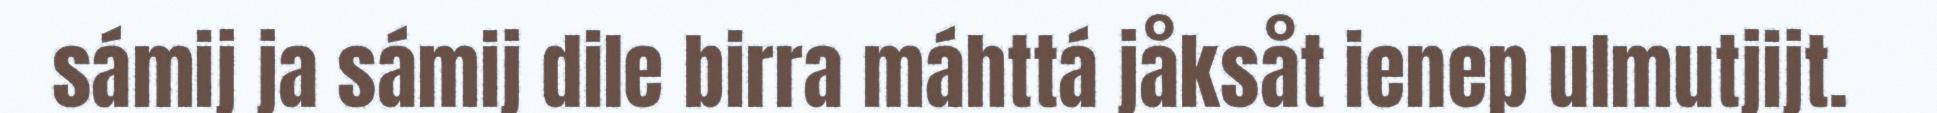
sámij ja sámij dile birra máhttá jåksåt ienep ulmutjijt.